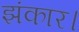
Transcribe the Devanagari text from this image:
झंकार।